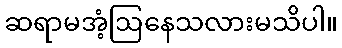
ဆရာမအံ့ဩနေသလားမသိပါ။